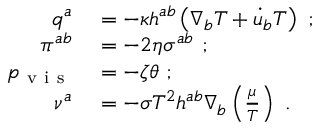
\begin{array} { r l } { q ^ { a } } & { { } = - \kappa h ^ { a b } \left( \nabla _ { b } T + \dot { u } _ { b } T \right) ~ ; } \\ { \pi ^ { a b } } & { { } = - 2 \eta \sigma ^ { a b } ~ ; } \\ { p _ { \mathrm { ~ v ~ i ~ s ~ } } } & { { } = - \zeta \theta ~ ; } \\ { \nu ^ { a } } & { { } = - \sigma T ^ { 2 } h ^ { a b } \nabla _ { b } \left( \frac { \mu } { T } \right) ~ . } \end{array}